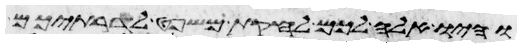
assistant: והיו אלה לכם לחקת משפט לדרתיכם